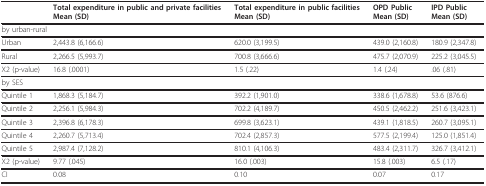
|  | Total expenditure in public and private facilitiesMean (SD) | Total expenditure in public facilitiesMean (SD) | OPD PublicMean (SD) | IPD PublicMean (SD) |
 | --- | --- | --- | --- | --- |
 | <COLSPAN=5> by urban-rural |
 | Urban | 2,443.8 (6,166.6) | 620.0 (3,199.5) | 439.0 (2,160.8) | 180.9 (2,347.8) |
 | Rural | 2,266.5 (5,993.7) | 700.8 (3,666.6) | 475.7 (2,070.9) | 225.2 (3,045.5) |
 | X2 (p-value) | 16.8 (.0001) | 1.5 (.22) | 1.4 (.24) | .06 (.81) |
 | <COLSPAN=5> by SES |
 | Quintile 1 | 1,868.3 (5,184.7) | 392.2 (1,901.0) | 338.6 (1,678.8) | 53.6 (876.6) |
 | Quintile 2 | 2,256.1 (5,984.3) | 702.2 (4,189.7) | 450.5 (2,462.2) | 251.6 (3,423.1) |
 | Quintile 3 | 2,396.8 (6,178.3) | 699.8 (3,623.1) | 439.1 (1,818.5) | 260.7 (3,095.1) |
 | Quintile 4 | 2,260.7 (5,713.4) | 702.4 (2,857.3) | 577.5 (2,199.4) | 125.0 (1,851.4) |
 | Quintile 5 | 2,987.4 (7,128.2) | 810.1 (4,106.3) | 483.4 (2,311.7) | 326.7 (3,412.1) |
 | X2 (p-value) | 9.77 (.045) | 16.0 (.003) | 15.8 (.003) | 6.5 (.17) |
 | CI | 0.08 | 0.10 | 0.07 | 0.17 |